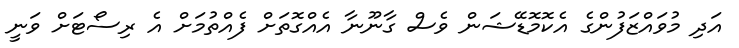
އަދި މުވައްޒަފުންގެ އެކޮމޮޑޭޝަން ވެސް ގާނޫނާ އެއްގޮތަށް ފެއްތުމަށް އެ ރިސޯޓަށް ވަނީ